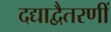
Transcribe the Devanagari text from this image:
दद्याद्वैतरणीं